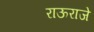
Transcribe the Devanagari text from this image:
राऊराजे